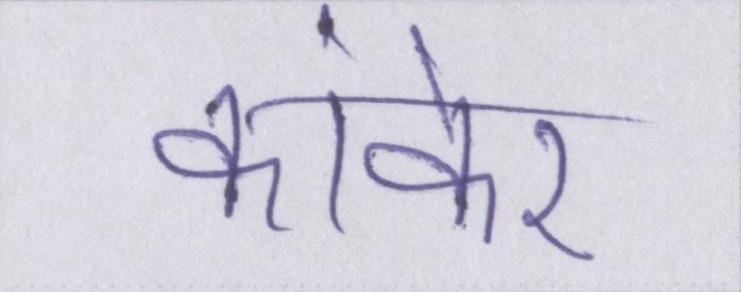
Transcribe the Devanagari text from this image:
कांकेर